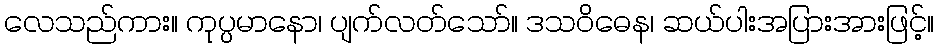
လေသည်ကား။ ကုပ္ပမာနော၊ ပျက်လတ်သော်။ ဒသဝိဓေန၊ ဆယ်ပါးအပြားအားဖြင့်။